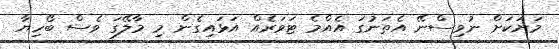
މަށަކަށް ނުވިސްނޭ އެތަނުގަ އެއްމެ ޓަވަރެއް އަޅައިގެން މި މާލޭގަ ވެސް ބޯހިޔާ